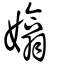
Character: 嬆